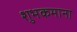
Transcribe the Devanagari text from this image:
शुभकमाना